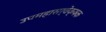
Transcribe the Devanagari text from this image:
उपमहासर्वेक्षक